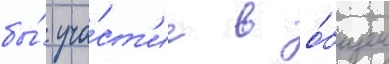
бы́ уча́ст'ие в о́бщем